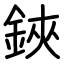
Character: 鋏